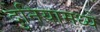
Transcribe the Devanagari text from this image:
दुनियामध्ये